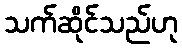
သက်ဆိုင်သည်ဟု